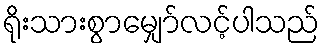
ရိုးသားစွာမျှော်လင့်ပါသည်